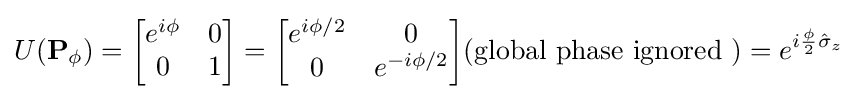
U(\mathbf {P} _{\phi })={\begin{bmatrix}e^{i\phi }&0\\0&1\end{bmatrix}}={\begin{bmatrix}e^{i\phi /2}&0\\0&e^{-i\phi /2}\end{bmatrix}}{\text{(global phase ignored )}}=e^{i{\frac {\phi }{2}}{\hat {\sigma }}_{z}}